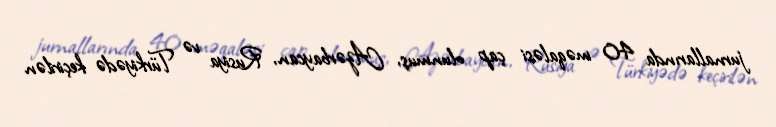
jurnallarında 40 məqaləsi çap olunmuş, Azərbaycan, Rusiya və Türkiyədə keçirilən